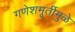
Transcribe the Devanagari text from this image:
गणेशमूर्तीमुळे